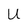
Character: U